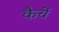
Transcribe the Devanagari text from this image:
कैचें